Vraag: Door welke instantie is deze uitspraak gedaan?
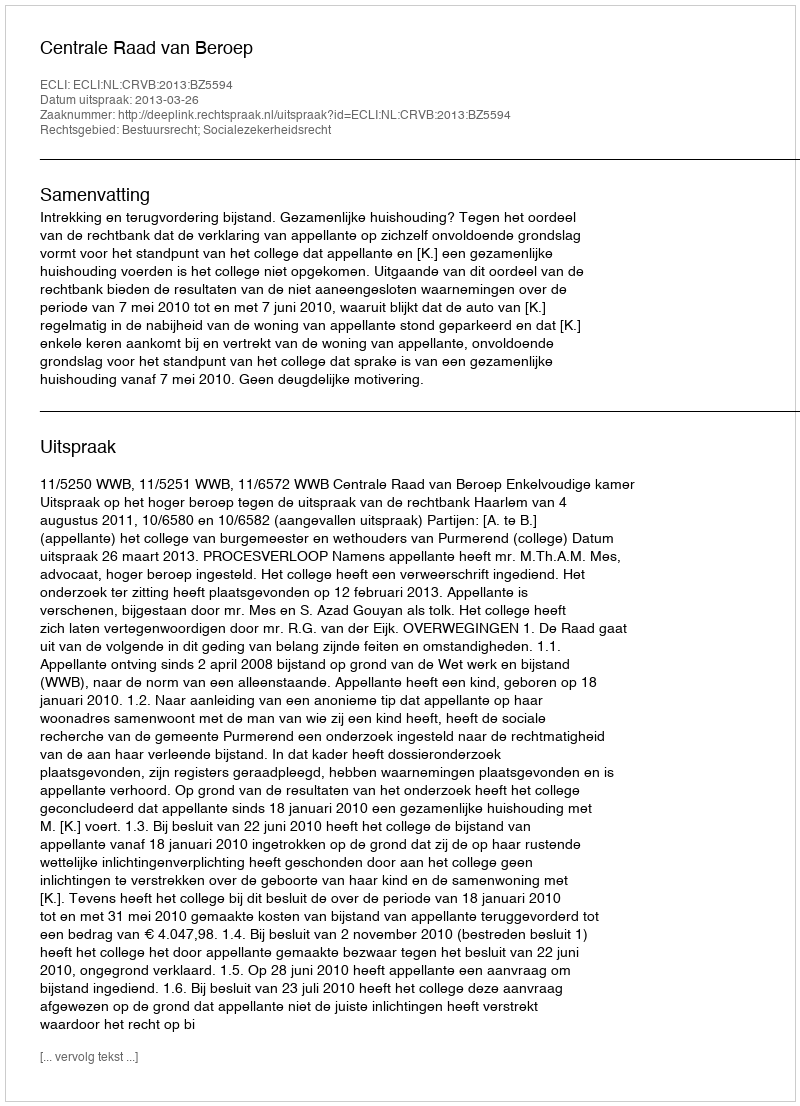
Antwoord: Centrale Raad van Beroep